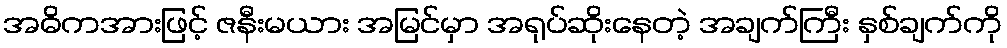
အဓိကအားဖြင့် ဇနီးမယား အမြင်မှာ အရုပ်ဆိုးနေတဲ့ အချက်ကြီး နှစ်ချက်ကို